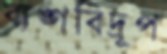
ব্যঙ্গবিদ্রূপ